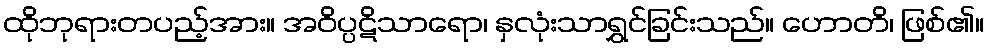
ထိုဘုရားတပည့်အား။ အဝိပ္ပဋိသာရော၊ နှလုံးသာရွှင်ခြင်းသည်။ ဟောတိ၊ ဖြစ်၏။